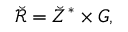
\breve { \mathscr R } = \breve { Z } ^ { \ast } \times G ,